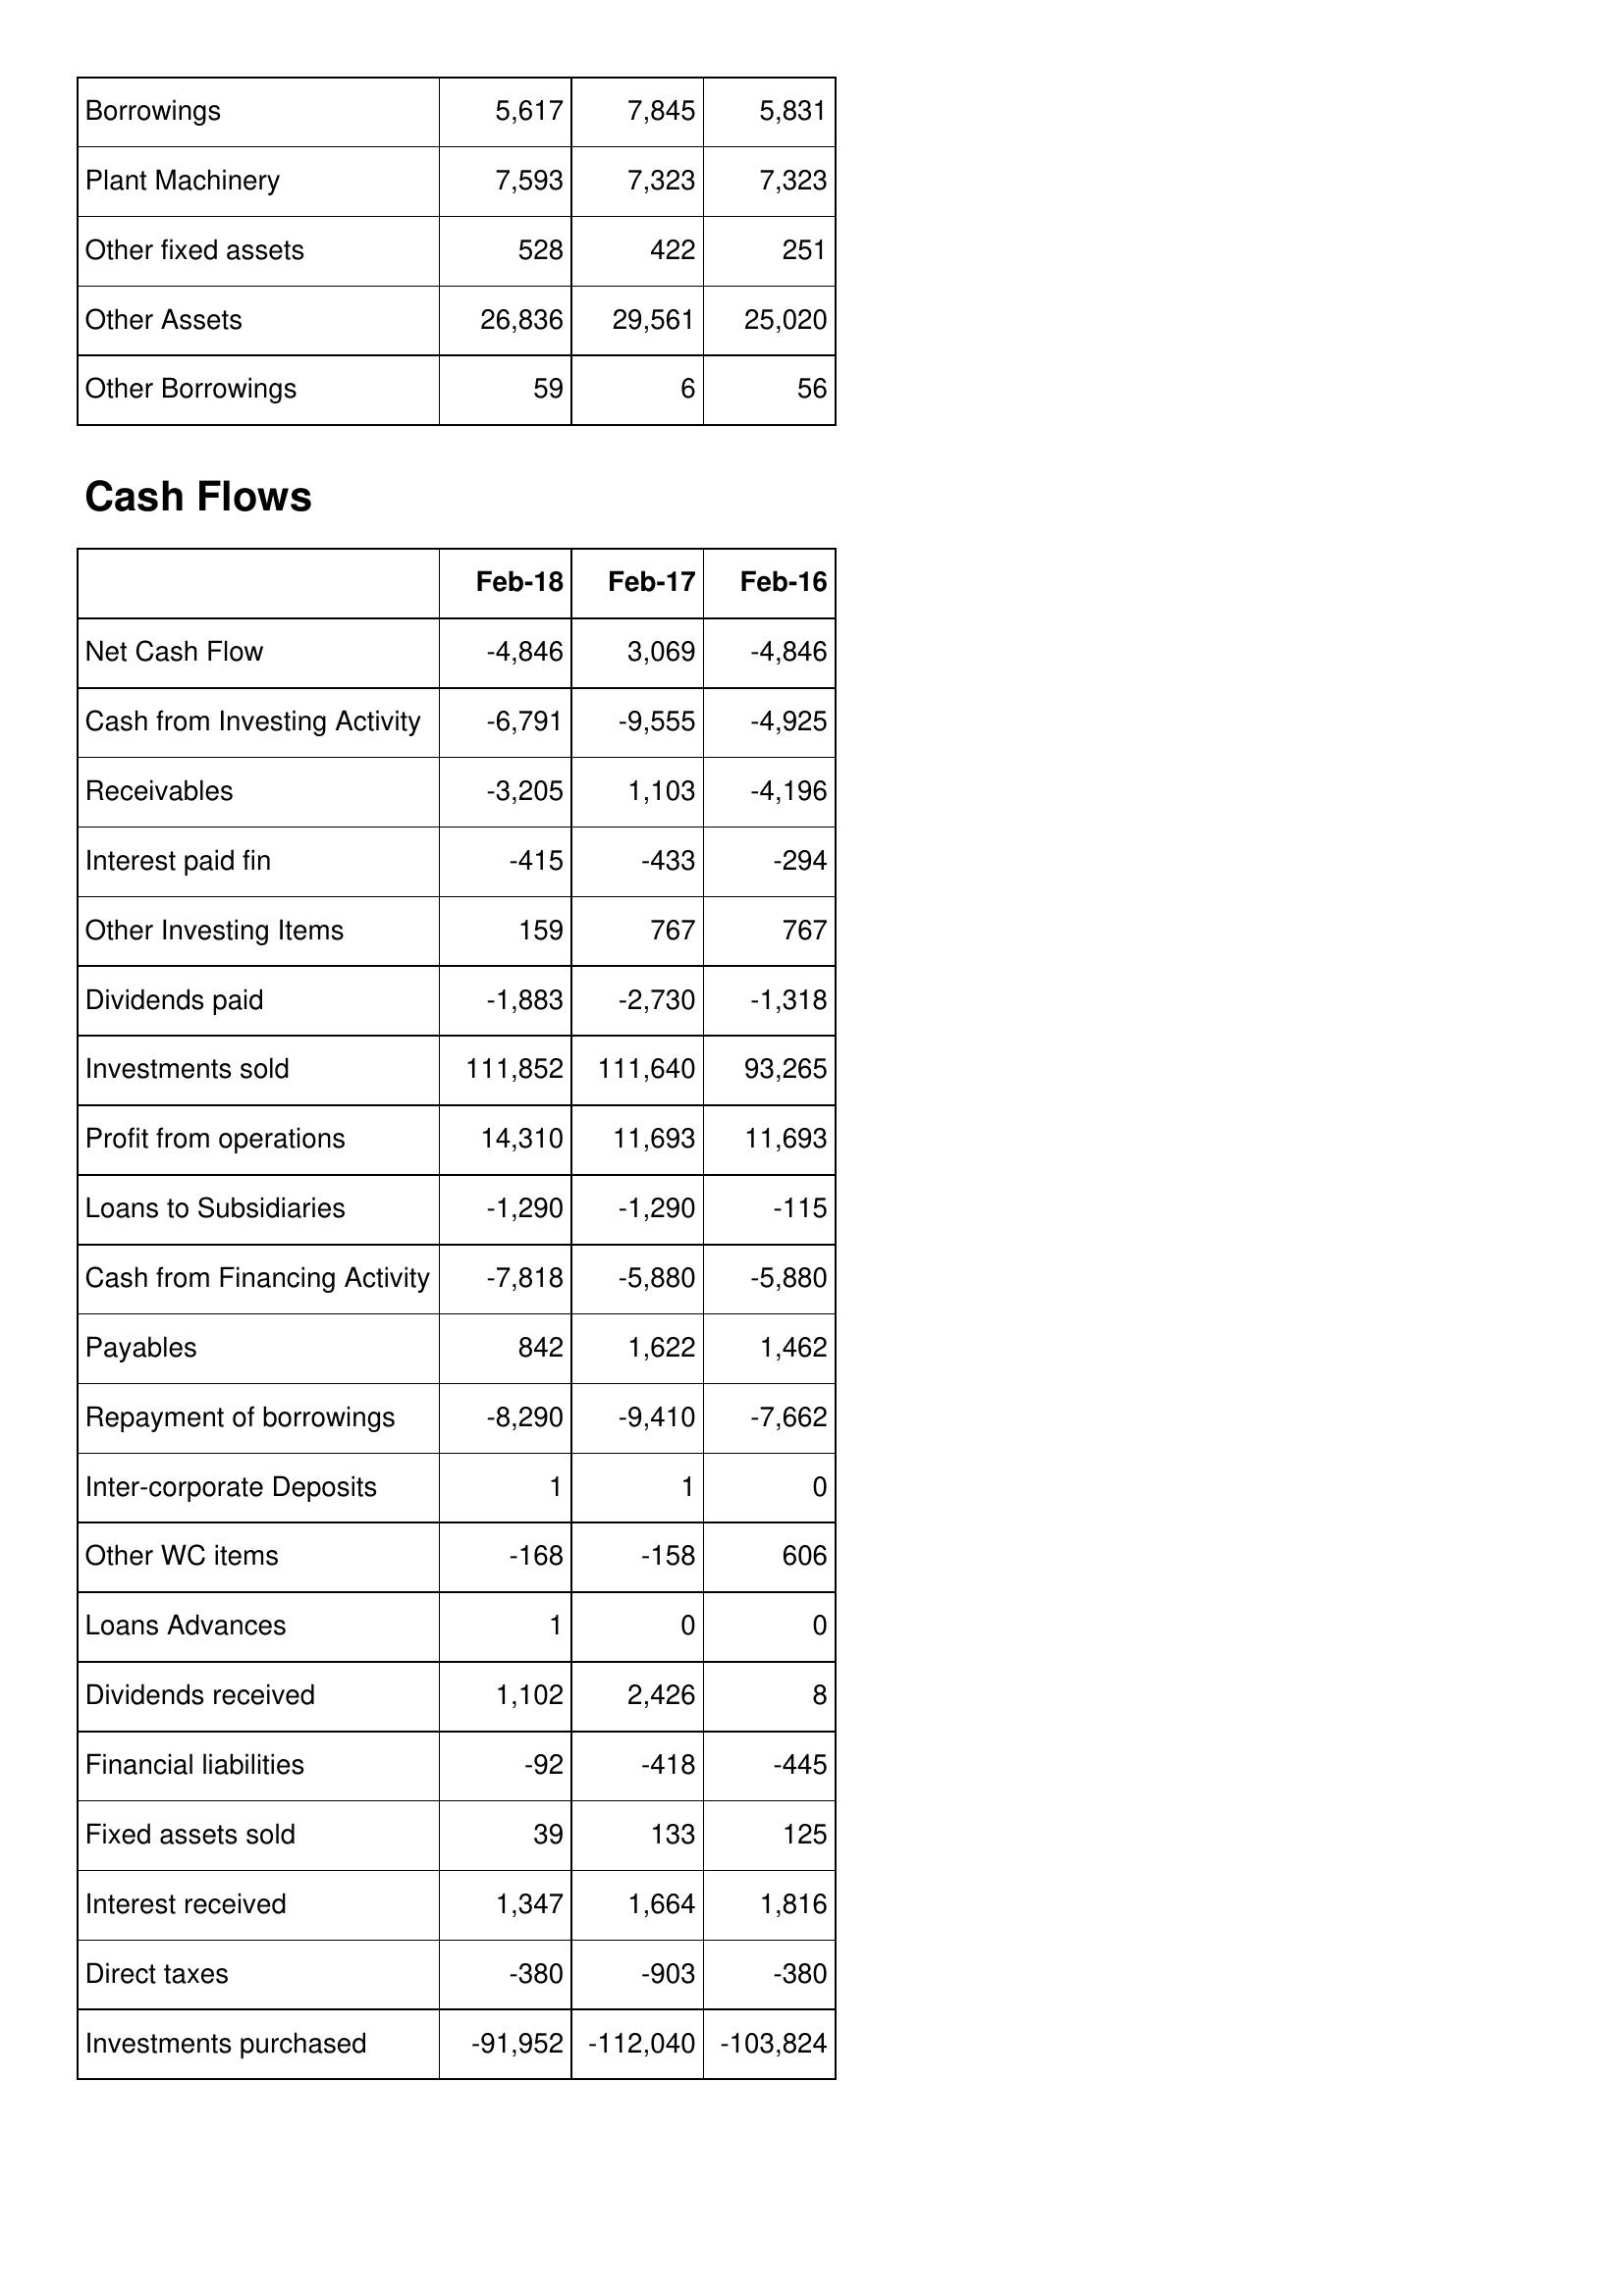
Feb-18: Balance Sheet: Borrowings: 5,617
Plant Machinery: 7,593
Other fixed assets: 528
Other Assets: 26,836
Other Borrowings: 59
Cash Flows: Net Cash Flow: -4,846
Cash from Investing Activity: -6,791
Receivables: -3,205
Interest paid fin: -415
Other Investing Items: 159
Dividends paid: -1,883
Investments sold: 111,852
Profit from operations: 14,310
Loans to Subsidiaries: -1,290
Cash from Financing Activity: -7,818
Payables: 842
Repayment of borrowings: -8,290
Inter-corporate Deposits: 1
Other WC items: -168
Loans Advances: 1
Dividends received: 1,102
Financial liabilities: -92
Fixed assets sold: 39
Interest received: 1,347
Direct taxes: -380
Investments purchased: -91,952
Feb-17: Balance Sheet: Borrowings: 7,845
Plant Machinery: 7,323
Other fixed assets: 422
Other Assets: 29,561
Other Borrowings: 6
Cash Flows: Net Cash Flow: 3,069
Cash from Investing Activity: -9,555
Receivables: 1,103
Interest paid fin: -433
Other Investing Items: 767
Dividends paid: -2,730
Investments sold: 111,640
Profit from operations: 11,693
Loans to Subsidiaries: -1,290
Cash from Financing Activity: -5,880
Payables: 1,622
Repayment of borrowings: -9,410
Inter-corporate Deposits: 1
Other WC items: -158
Loans Advances: 0
Dividends received: 2,426
Financial liabilities: -418
Fixed assets sold: 133
Interest received: 1,664
Direct taxes: -903
Investments purchased: -112,040
Feb-16: Balance Sheet: Borrowings: 5,831
Plant Machinery: 7,323
Other fixed assets: 251
Other Assets: 25,020
Other Borrowings: 56
Cash Flows: Net Cash Flow: -4,846
Cash from Investing Activity: -4,925
Receivables: -4,196
Interest paid fin: -294
Other Investing Items: 767
Dividends paid: -1,318
Investments sold: 93,265
Profit from operations: 11,693
Loans to Subsidiaries: -115
Cash from Financing Activity: -5,880
Payables: 1,462
Repayment of borrowings: -7,662
Inter-corporate Deposits: 0
Other WC items: 606
Loans Advances: 0
Dividends received: 8
Financial liabilities: -445
Fixed assets sold: 125
Interest received: 1,816
Direct taxes: -380
Investments purchased: -103,824